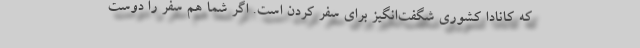
که کانادا کشوری شگفت‌انگیز برای سفر کردن است. اگر شما هم سفر را دوست